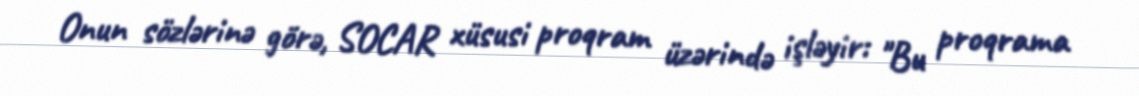
Onun sözlərinə görə, SOCAR xüsusi proqram üzərində işləyir: "Bu proqrama